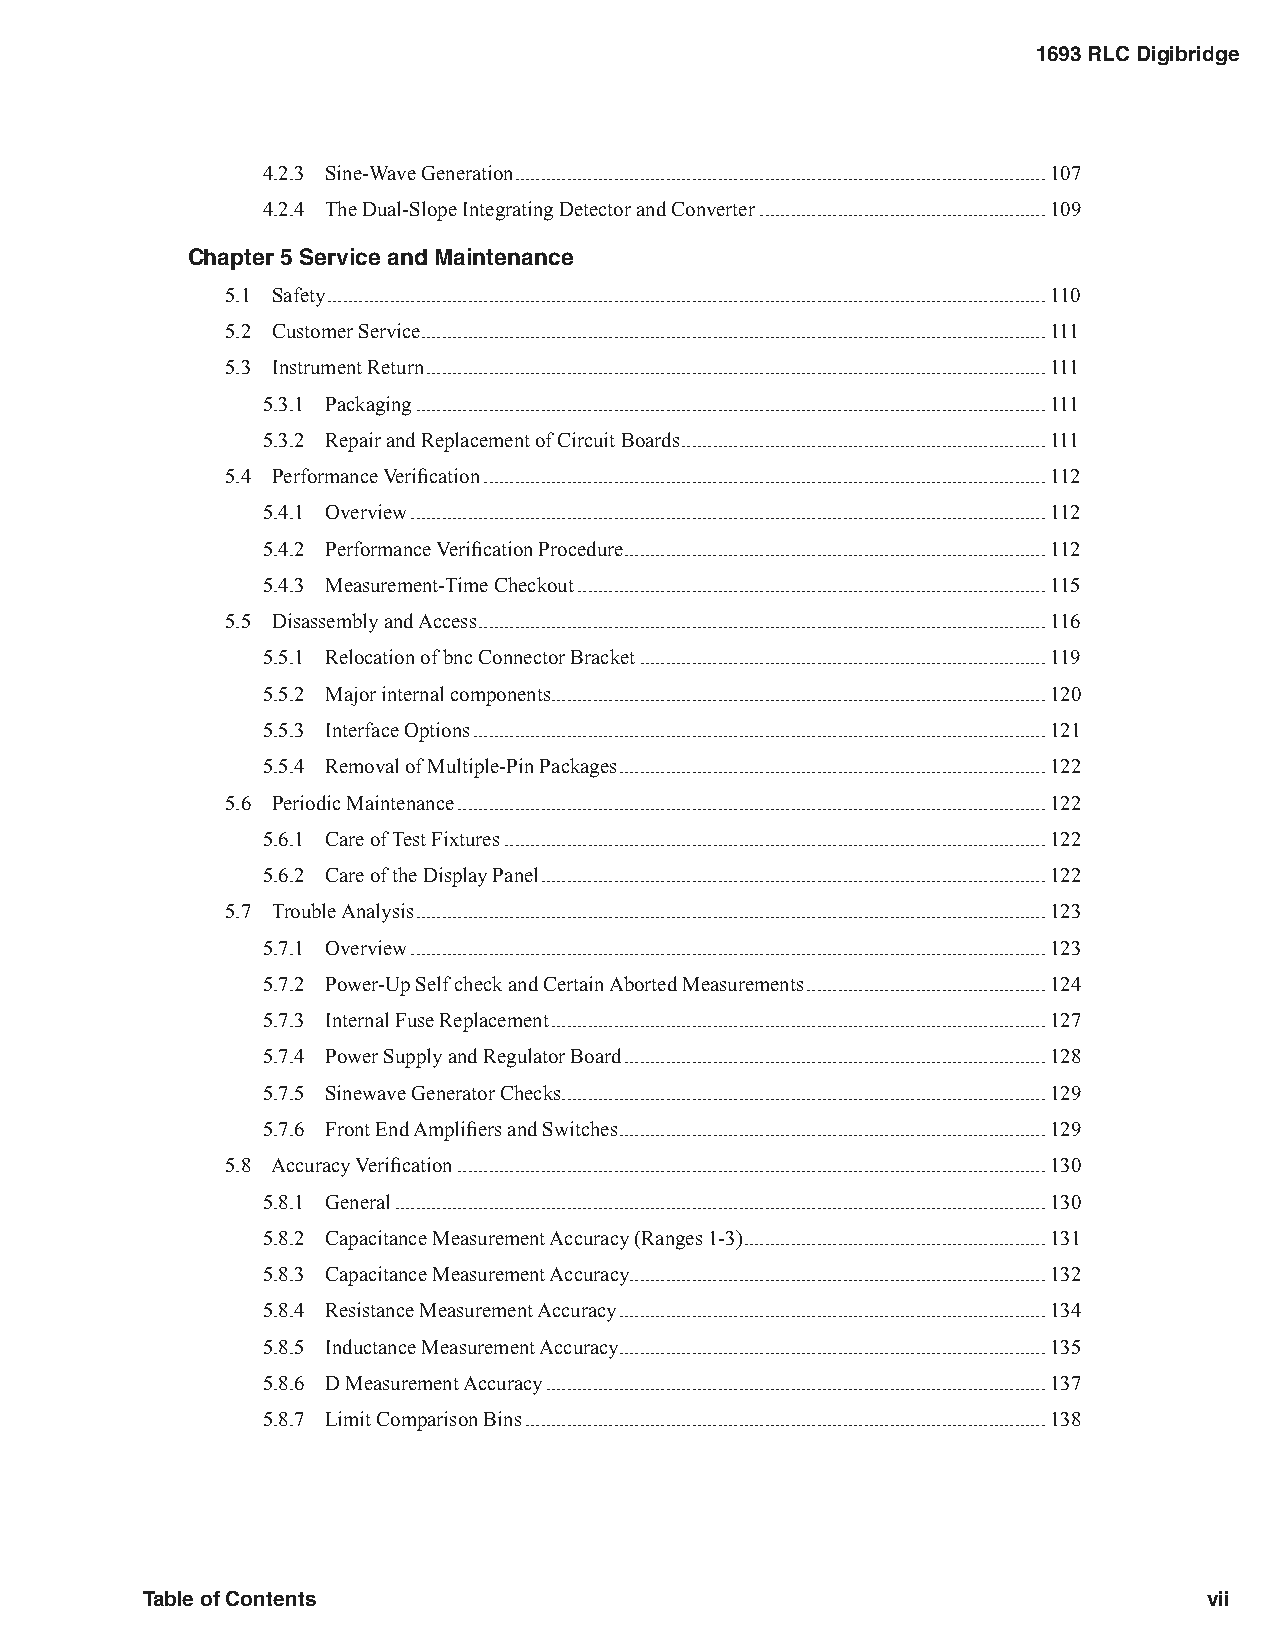
1693 RLC Digibridge
 4.2.3 Sine-Wave Generation ......................................................................................................107
 4.2.4 The Dual-Slope Integrating Detector and Converter .......................................................109
 Chapter 5 Service and Maintenance
 5.1 Safety ..........................................................................................................................................110
 5.2 Customer Service ........................................................................................................................111
 5.3 Instrument Return .......................................................................................................................111
 5.3.1 Packaging .........................................................................................................................111
 5.3.2 Repair and Replacement of Circuit Boards ......................................................................111
 5.4 Performance Verification ............................................................................................................112
 5.4.1 Overview ..........................................................................................................................112
 5.4.2 Performance Verification Procedure .................................................................................112
 5.4.3 Measurement-Time Checkout ..........................................................................................115
 5.5 Disassembly and Access .............................................................................................................116
 5.5.1 Relocation of bnc Connector Bracket ..............................................................................119
 5.5.2 Major internal components ...............................................................................................120
 5.5.3 Interface Options ..............................................................................................................121
 5.5.4 Removal of Multiple-Pin Packages ..................................................................................122
 5.6 Periodic Maintenance .................................................................................................................122
 5.6.1 Care of Test Fixtures ........................................................................................................122
 5.6.2 Care of the Display Panel .................................................................................................122
 5.7 Trouble Analysis .........................................................................................................................123
 5.7.1 Overview ..........................................................................................................................123
 5.7.2 Power-Up Self check and Certain Aborted Measurements ..............................................124
 5.7.3 Internal Fuse Replacement ...............................................................................................127
 5.7.4 Power Supply and Regulator Board .................................................................................128
 5.7.5 Sinewave Generator Checks .............................................................................................129
 5.7.6 Front End Amplifiers and Switches ..................................................................................129
 5.8 Accuracy Verification .................................................................................................................130
 5.8.1 General .............................................................................................................................130
 5.8.2 Capacitance Measurement Accuracy (Ranges 1-3) ..........................................................131
 5.8.3 Capacitance Measurement Accuracy................................................................................132
 5.8.4 Resistance Measurement Accuracy ..................................................................................134
 5.8.5 Inductance Measurement Accuracy..................................................................................135
 5.8.6 D Measurement Accuracy ................................................................................................137
 5.8.7 Limit Comparison Bins ....................................................................................................138
 T able of Contents                                                     vii